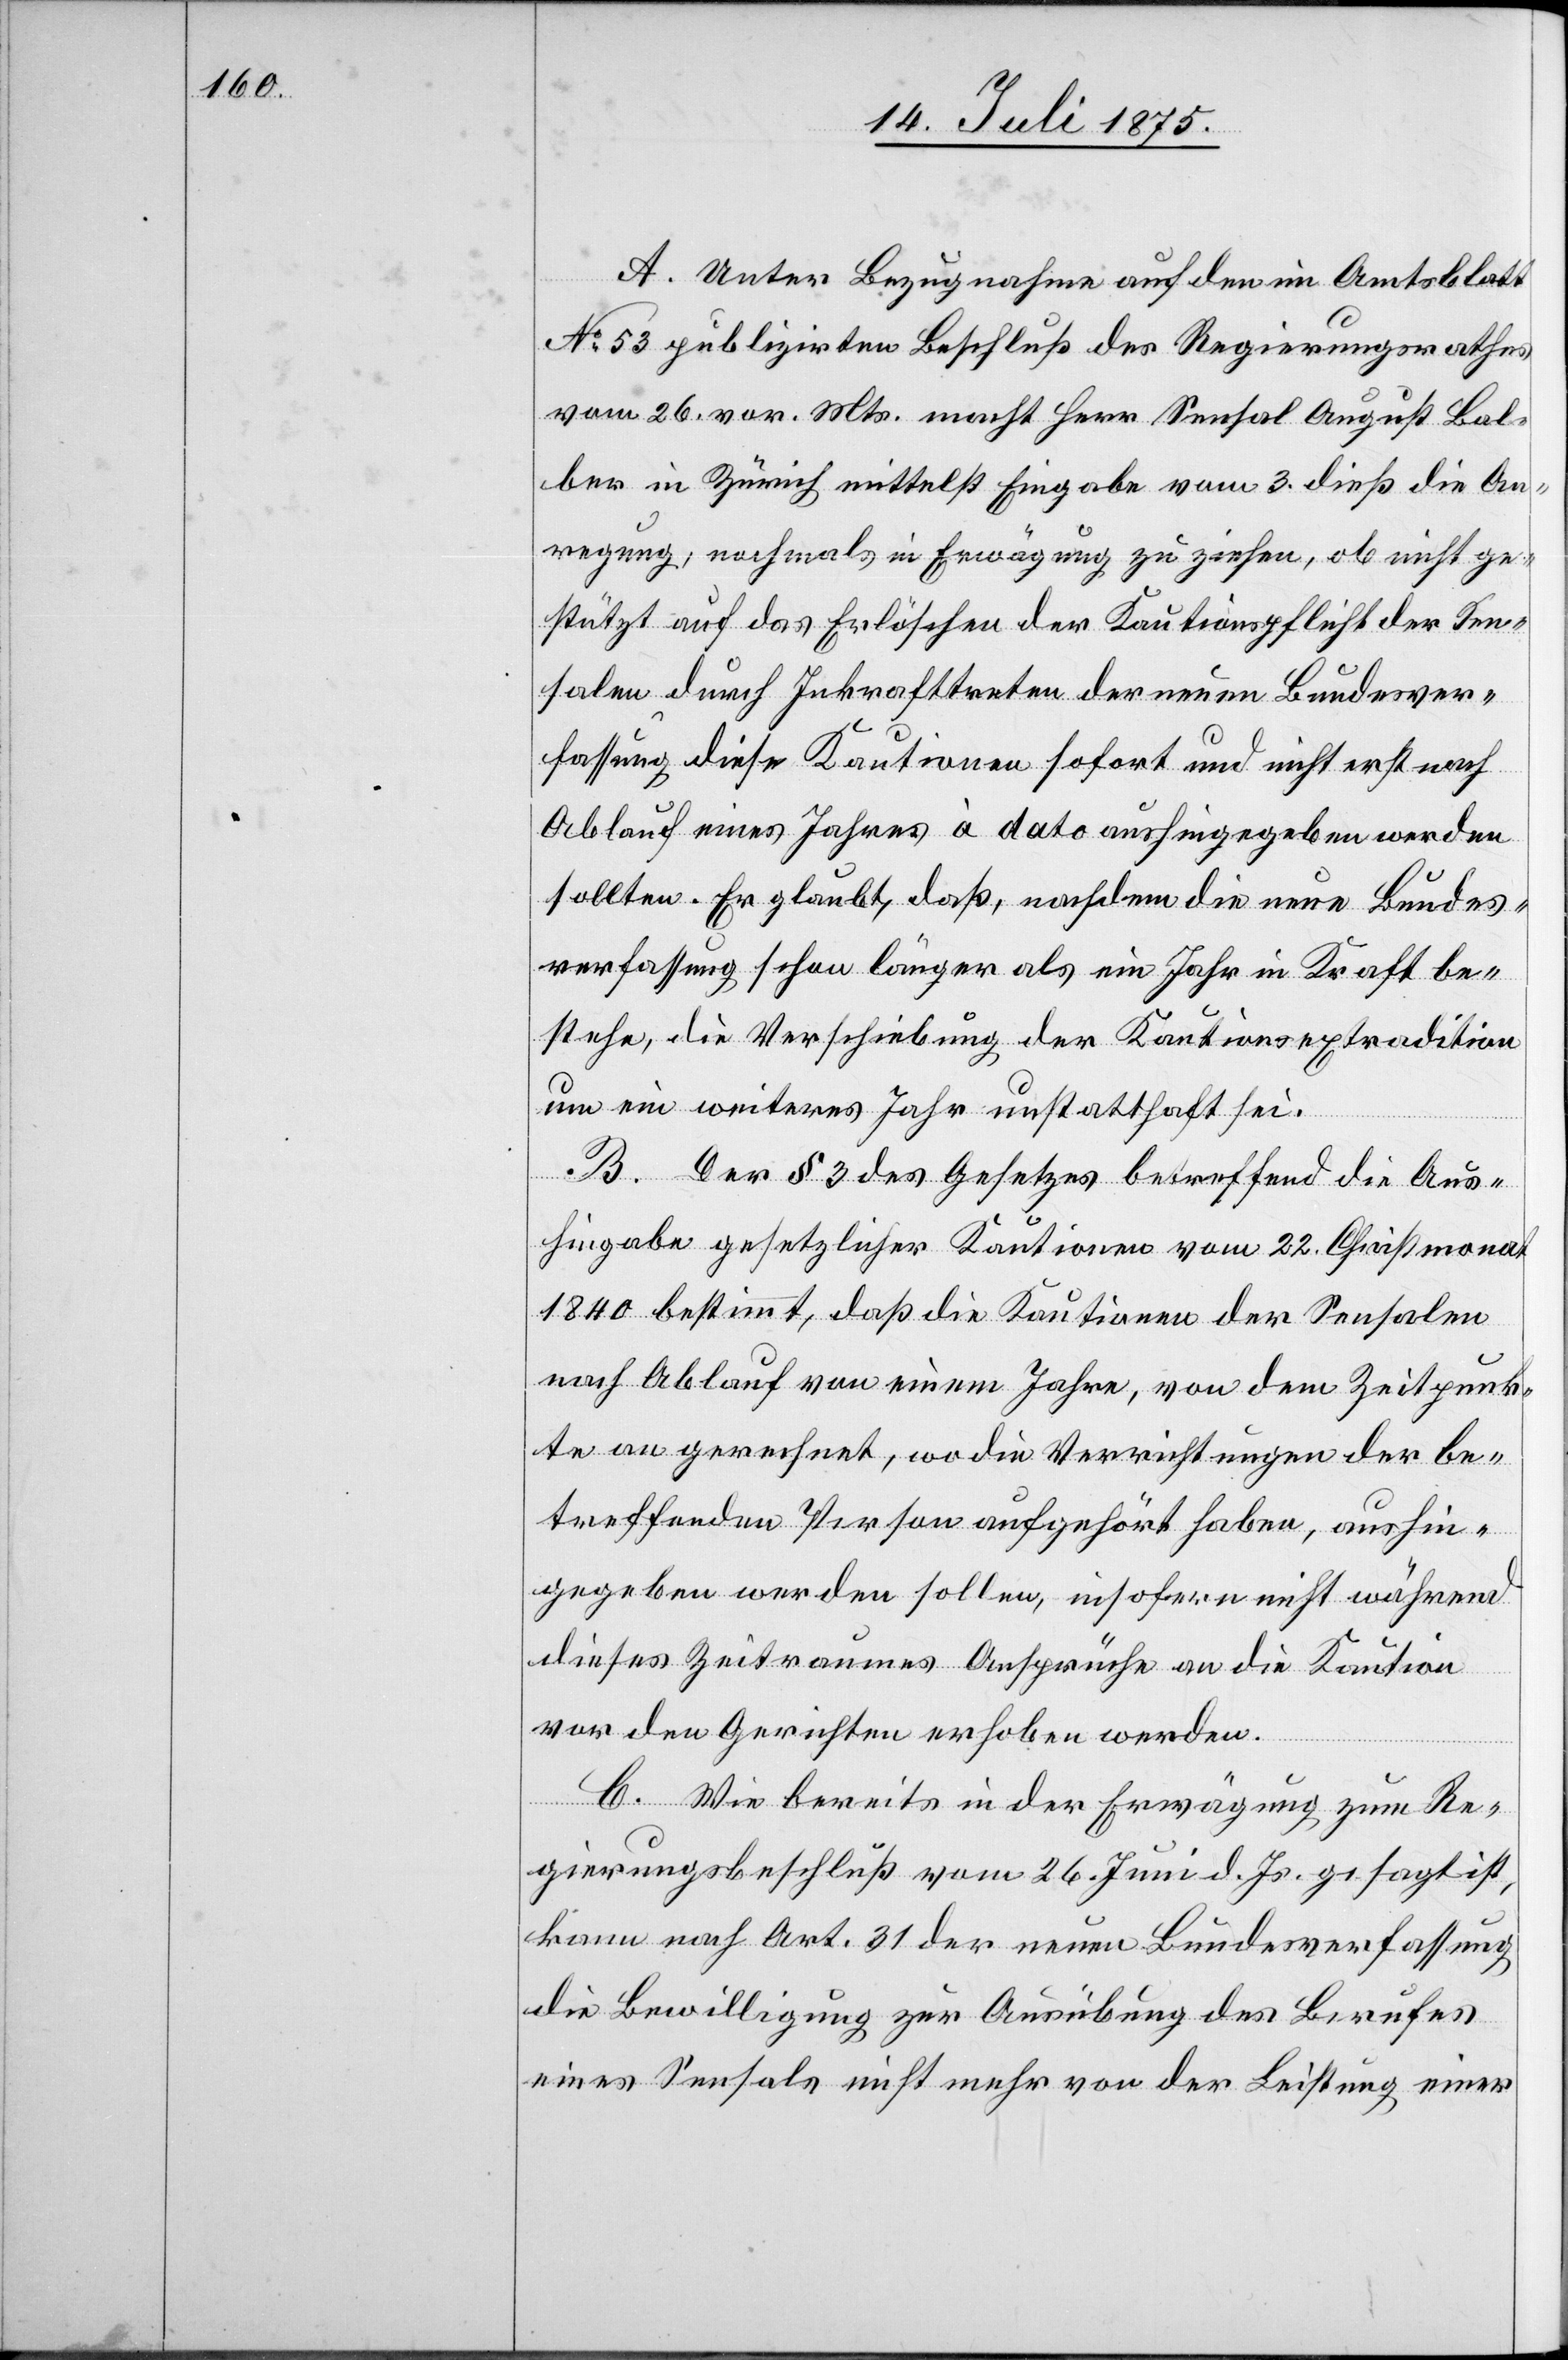
A. Unter Bezugnahme auf den im Amtsblatt
No 53 publizirten Beschluß des Regierungsrathes
vom 26. vor. Mts. macht Herr Sensal August Bal¬
ber in Zürich mittelst Eingabe vom 3. dieß die An¬
regung, nochmals in Erwägung zu ziehen, ob nicht ge¬
stützt auf das Erlöschen der Kautionspflicht der Sen¬
salen durch Inkrafttreten der neuen Bundesver¬
fassung diese Kautionen sofort und nicht erst nach
Ablauf eines Jahres à dato aushingegeben werden
sollten. Er glaubt, daß, nachdem die neue Bundes¬
verfassung schon länger als ein Jahr in Kraft be¬
stehe, die Verschiebung der Kautionsextradition
um ein weiteres Jahr unstatthaft sei.
B. Der § 3 des Gesetzes betreffend die Aus¬
hingabe gesetzlicher Kautionen der Sensalen
nach Ablauf von einem Jahre, von dem Zeitpunk¬
te an gerechnet, wo die Verrichtungen der be¬
treffenden Person angehört haben, aushin¬
gegeben werden sollen, insofern nicht während
dieses Zeitraumes Ansprüche an die Kaution
vor den Gerichten erhoben werden.
C. Wie bereits in der Erwägung zum Re¬
gierungsbeschluß vom 26. Juni d. Js. gesagt ist,
kann nach Art. 31 der neuen Bundesverfassung
die Bewilligung zur Ausübung des Berufes
eines Sensals nicht mehr von der Leistung einer